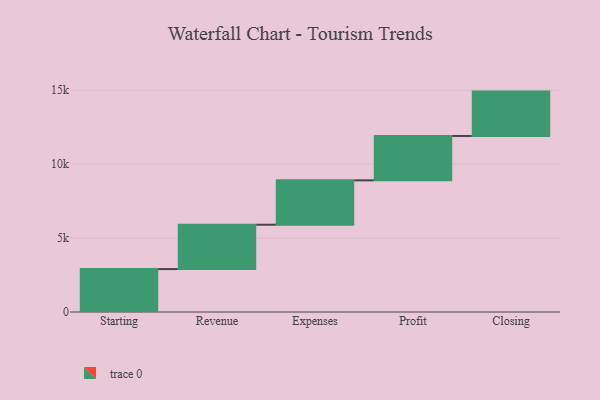
{"axis": {"x": "Step", "y": "Value"}, "legend": [""], "data": [{"x": "Starting", "y": 2902.0, "type": ""}, {"x": "Revenue", "y": 3000, "type": ""}, {"x": "Expenses", "y": 3000, "type": ""}, {"x": "Profit", "y": 3000, "type": ""}, {"x": "Closing", "y": 3000, "type": ""}]}